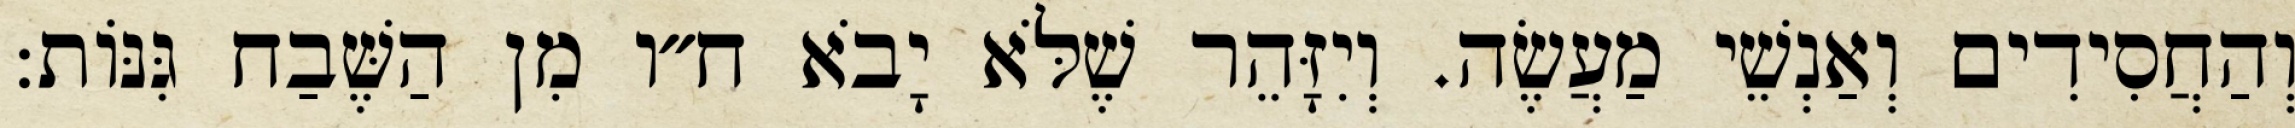
וְהַחֲסִידִים וְאַנְשֵׁי מַעֲשֶׂה. וְיִזָּהֵר שֶׁלֹּא יָבֹא ח״ו מִן הַשֶּׁבַח גִּנּוֹת: